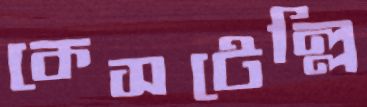
কেসটেল্লি